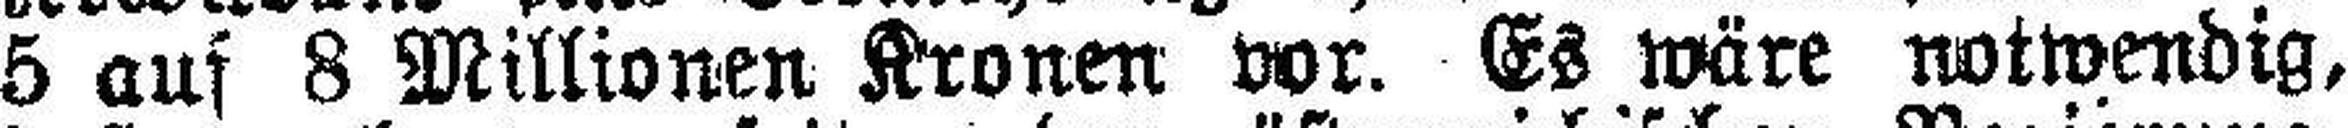
5 auf 8 Millionen Kronen vor. Es wäre notwendig,